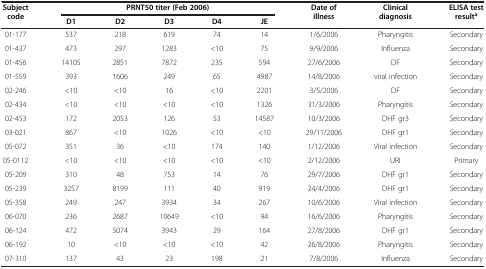
<table><thead><tr><td rowspan="2"><b>Subject code</b></td><td colspan="5"><b>PRNT50 titer (Feb 2006)</b></td><td rowspan="2"><b>Date of illness</b></td><td rowspan="2"><b>Clinical diagnosis</b></td><td rowspan="2"><b>ELISA test result<sup>a</sup></b></td></tr><tr><td><b>D1</b></td><td><b>D2</b></td><td><b>D3</b></td><td><b>D4</b></td><td><b>JE</b></td></tr></thead><tbody><tr><td>01-177</td><td>537</td><td>218</td><td>619</td><td>74</td><td>14</td><td>1/6/2006</td><td>Pharyngitis</td><td>Secondary</td></tr><tr><td>01-437</td><td>473</td><td>297</td><td>1283</td><td>&lt;10</td><td>75</td><td>9/9/2006</td><td>Influenza</td><td>Secondary</td></tr><tr><td>01-456</td><td>14105</td><td>2851</td><td>7872</td><td>235</td><td>594</td><td>27/6/2006</td><td>DF</td><td>Secondary</td></tr><tr><td>01-559</td><td>393</td><td>1606</td><td>249</td><td>65</td><td>4987</td><td>14/8/2006</td><td>viral infection</td><td>Secondary</td></tr><tr><td>02-246</td><td>&lt;10</td><td>&lt;10</td><td>16</td><td>&lt;10</td><td>2201</td><td>3/5/2006</td><td>DF</td><td>Secondary</td></tr><tr><td>02-434</td><td>&lt;10</td><td>&lt;10</td><td>&lt;10</td><td>&lt;10</td><td>1326</td><td>31/3/2006</td><td>Pharyngitis</td><td>Secondary</td></tr><tr><td>02-453</td><td>172</td><td>2053</td><td>126</td><td>53</td><td>14587</td><td>10/3/2006</td><td>DHF gr3</td><td>Secondary</td></tr><tr><td>03-021</td><td>867</td><td>&lt;10</td><td>1026</td><td>&lt;10</td><td>&lt;10</td><td>29/11/2006</td><td>DHF gr1</td><td>Secondary</td></tr><tr><td>05-072</td><td>351</td><td>36</td><td>&lt;10</td><td>174</td><td>140</td><td>1/12/2006</td><td>Viral infection</td><td>Secondary</td></tr><tr><td>05-0112</td><td>&lt;10</td><td>&lt;10</td><td>&lt;10</td><td>&lt;10</td><td>&lt;10</td><td>2/12/2006</td><td>URI</td><td>Primary</td></tr><tr><td>05-209</td><td>310</td><td>48</td><td>753</td><td>14</td><td>76</td><td>29/7/2006</td><td>DHF gr1</td><td>Secondary</td></tr><tr><td>05-239</td><td>3257</td><td>8199</td><td>111</td><td>40</td><td>919</td><td>24/4/2006</td><td>DHF gr1</td><td>Secondary</td></tr><tr><td>05-358</td><td>249</td><td>247</td><td>3934</td><td>34</td><td>267</td><td>10/6/2006</td><td>Viral infection</td><td>Secondary</td></tr><tr><td>06-070</td><td>236</td><td>2687</td><td>10649</td><td>&lt;10</td><td>94</td><td>16/6/2006</td><td>Pharyngitis</td><td>Secondary</td></tr><tr><td>06-124</td><td>472</td><td>5074</td><td>3943</td><td>29</td><td>164</td><td>27/8/2006</td><td>DHF gr1</td><td>Secondary</td></tr><tr><td>06-192</td><td>10</td><td>&lt;10</td><td>&lt;10</td><td>&lt;10</td><td>42</td><td>26/8/2006</td><td>Pharyngitis</td><td>Secondary</td></tr><tr><td>07-310</td><td>137</td><td>43</td><td>23</td><td>198</td><td>21</td><td>7/8/2006</td><td>Influenza</td><td>Secondary</td></tr></tbody></table>